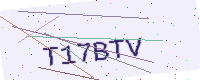
Text: T17BTV